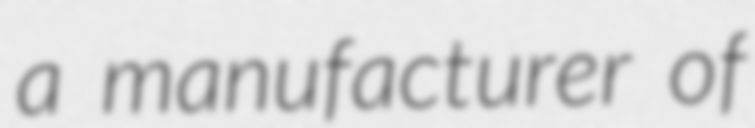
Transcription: a manufacturer of